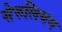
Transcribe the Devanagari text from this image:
सेरुलियम